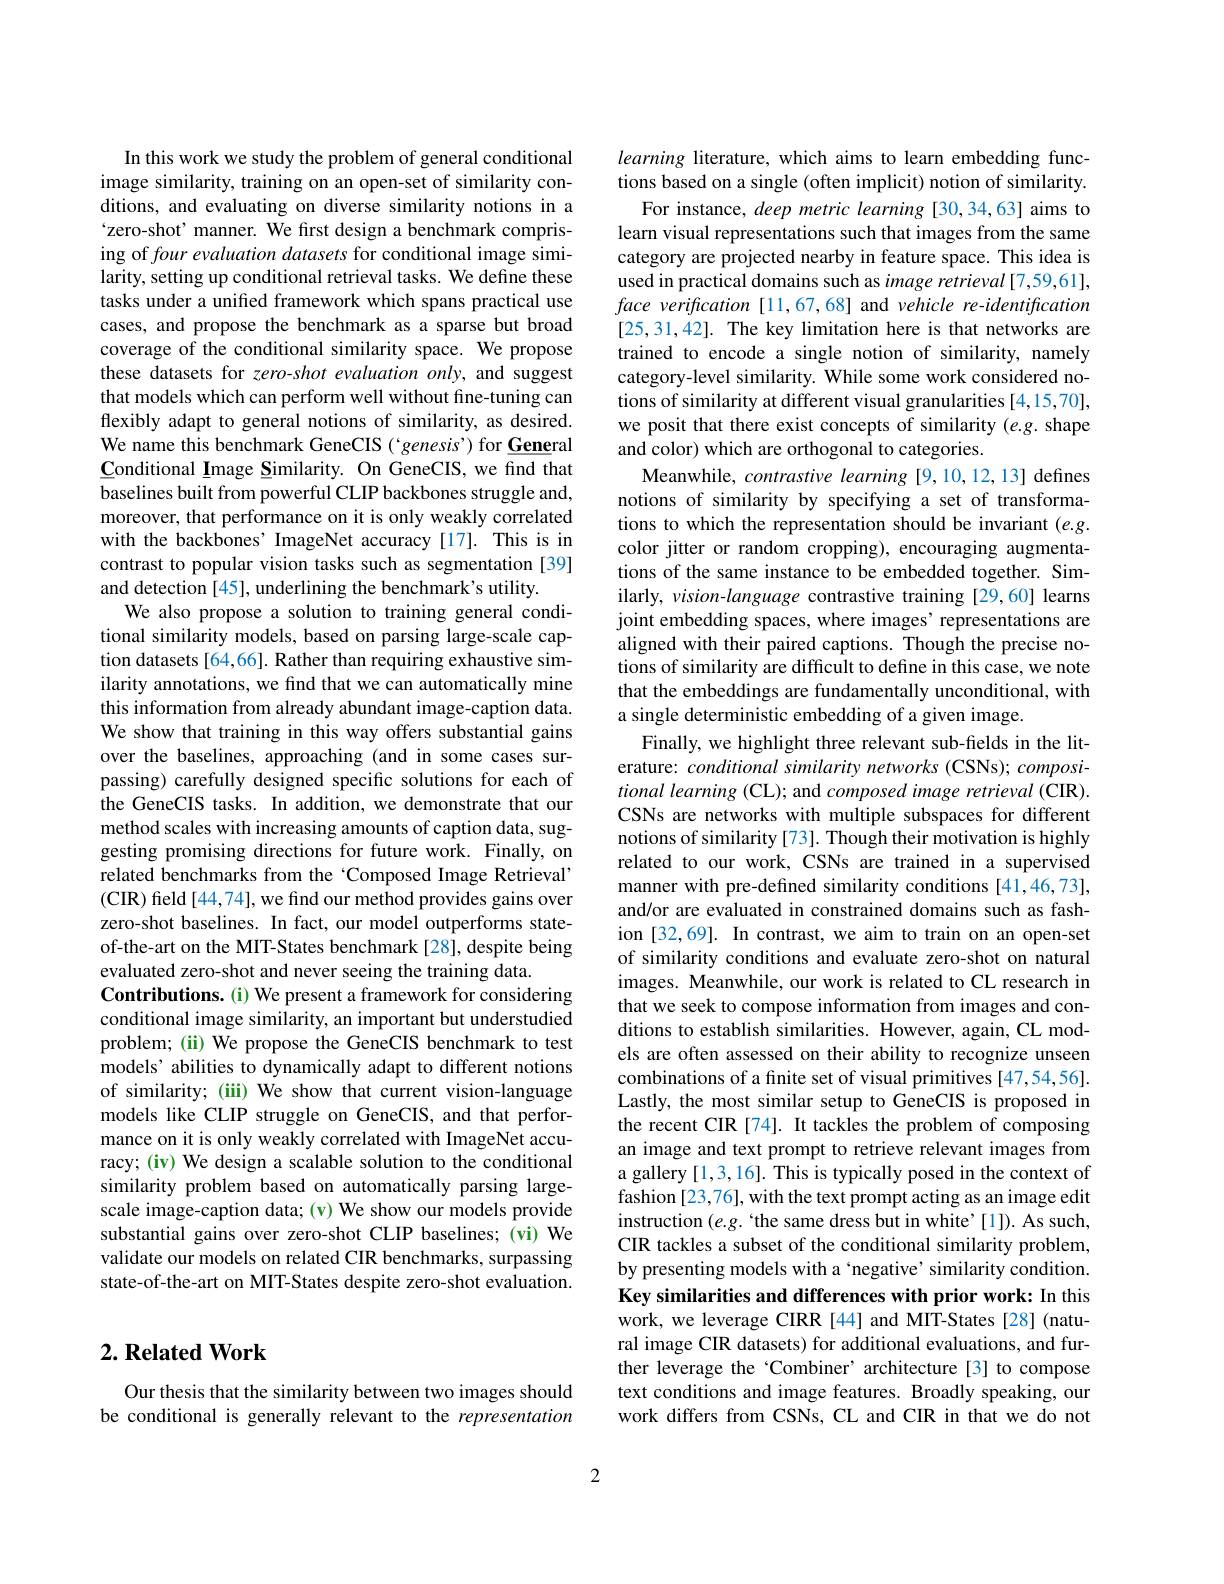
In this work we study the problem of general conditional image similarity, training on an open-set of similarity conditions, and evaluating on diverse similarity notions in a `zero-shot' manner. We first design a benchmark comprising of four evaluation datasets for conditional image similarity, setting up conditional retrieval tasks. We define these tasks under a unified framework which spans practical use cases, and propose the benchmark as a sparse but broad coverage of the conditional similarity space. We propose these datasets for zero-shot evaluation only, and suggest that models which can perform well without fine-tuning can flexibly adapt to general notions of similarity, as desired. We name this benchmark GeneCIS ('genesis') for General Conditional Image Similarity. On GeneCIS, we find that baselines built from powerful CLIP backbones struggle and, moreover, that performance on it is only weakly correlated with the backbones’ ImageNet accuracy [17]. This is in contrast to popular vision tasks such as segmentation [39] and detection [45], underlining the benchmark's utility.
We also propose a solution to training general conditional similarity models, based on parsing large-scale caption datasets [64,66]. Rather than requiring exhaustive similarity annotations, we find that we can automatically mine this information from already abundant image-caption data. We show that training in this way offers substantial gains over the baselines, approaching (and in some cases surpassing) carefully designed specific solutions for each of the GeneCIS tasks. In addition, we demonstrate that our method scales with increasing amounts of caption data, suggesting promising directions for future work. Finally, on related benchmarks from the‘Composed Image Retrieval’ (CIR) field[44,74], we find our method provides gains over zero-shot baselines. In fact, our model outperforms stateof-the-art on the MIT-States benchmark [28], despite being evaluated zero-shot and never seeing the training data.
Contributions. (i) We present a framework for considering conditional image similarity, an important but understudied problem; (ii) We propose the GeneCIS benchmark to test models’ abilities to dynamically adapt to different notions of similarity; (iii) We show that current vision-language models like CLIP struggle on GeneCIS, and that performance on it is only weakly correlated with ImageNet accuracy; (iv) We design a scalable solution to the conditional similarity problem based on automatically parsing largescale image-caption data;(v) We show our models provide substantial gains over zero-shot CLIP baselines; (vi) We validate our models on related CIR benchmarks, surpassing state-of-the-art on MIT-States despite zero-shot evaluation.

## $2. \textbf{Related Work}$

Our thesis that the similarity between two images should be conditional is generally relevant to the representation

learning literature, which aims to learn embedding functions based on a single (often implicit) notion of similarity.
For instance, deep metric learning [30,34,63] aims to learn visual representations such that images from the same category are projected nearby in feature space. This idea is used in practical domains such as image retrieval [7,59,61], face verification [11,67,68] and vehicle re-identification [25,31,42]. The key limitation here is that networks are trained to encode a single notion of similarity, namely category-level similarity. While some work considered notions of similarity at different visual granularities [4,15,70], we posit that there exist concepts of similarity (e.g. shape and color) which are orthogonal to categories.
Meanwhile, contrastive learning [9,10,12,13] defines notions of similarity by specifying a set of transformations to which the representation should be invariant $(e.g.$ color jitter or random cropping), encouraging augmentations of the same instance to be embedded together. Similarly, vision-language contrastive training [29,60] learns joint embedding spaces, where images' representations are aligned with their paired captions. Though the precise notions of similarity are difficult to define in this case, we note that the embeddings are fundamentally unconditional, with a single deterministic embedding of a given image.
Finally, we highlight three relevant sub-fields in the literature: conditional similarity networks (CSNs); compositional learning (CL); and composed image retrieval (CIR). CSNs are networks with multiple subspaces for different notions of similarity [73]. Though their motivation is highly related to our work, CSNs are trained in a supervised manner with pre-defined similarity conditions [41,46,73], and/or are evaluated in constrained domains such as fashion [32,69]. In contrast, we aim to train on an open-set of similarity conditions and evaluate zero-shot on natural images. Meanwhile, our work is related to CL research in that we seek to compose information from images and conditions to establish similarities. However, again, CL models are often assessed on their ability to recognize unseen combinations of a finite set of visual primitives [47,54,56]. Lastly, the most similar setup to GeneCIS is proposed in the recent CIR[74]. It tackles the problem of composing an image and text prompt to retrieve relevant images from a gallery [1,3,16]. This is typically posed in the context of fashion [23,76], with the text prompt acting as an image edit instruction $(e.g.`$the same dress but in white'[1]). As such, CIR tackles a subset of the conditional similarity problem, by presenting models with a ‘negative’ similarity condition. Key similarities and differences with prior work: In this work, we leverage CIRR [44] and MIT-States [28] (natural image CIR datasets) for additional evaluations, and further leverage the ‘Combiner’ architecture[3] to compose text conditions and image features. Broadly speaking, our work differs from CSNs, CL and CIR in that we do not

2